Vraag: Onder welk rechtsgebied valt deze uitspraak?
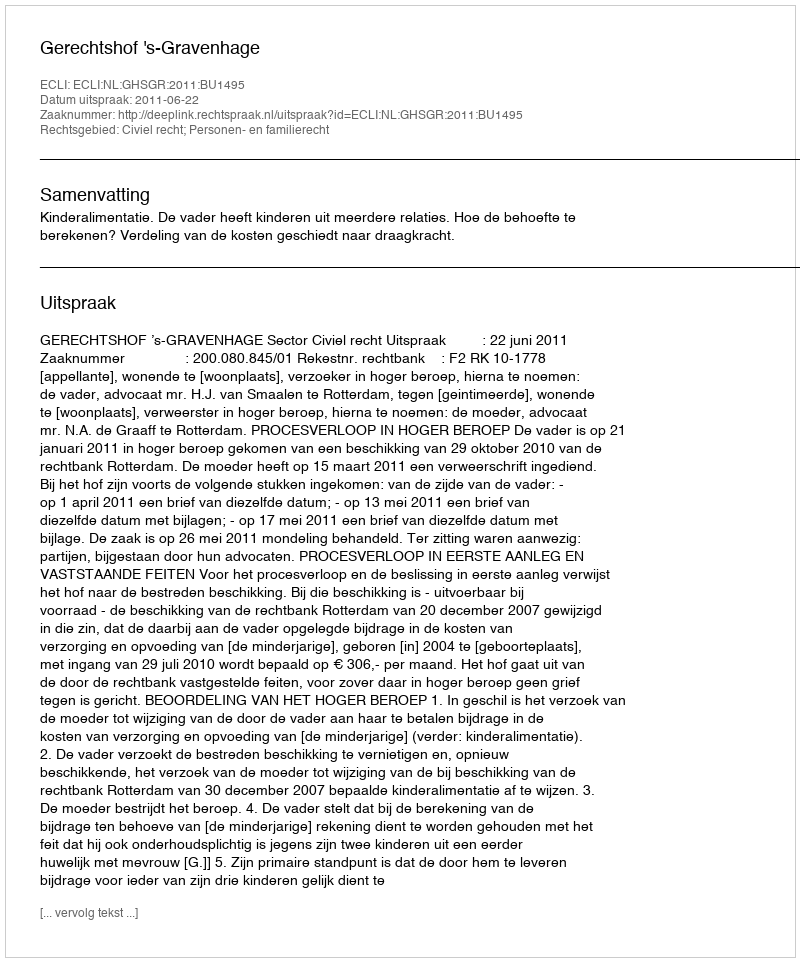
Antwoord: Civiel recht; Personen- en familierecht